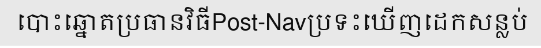
បោះឆ្នោតប្រធានវិធីPost-Navប្រទះឃើញដេកសន្លប់